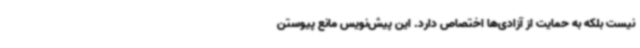
نیست بلکه به حمایت از آزادی‌ها اختصاص دارد. این پیش‌نویس مانع پیوستن